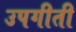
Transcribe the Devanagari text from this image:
उपगीती